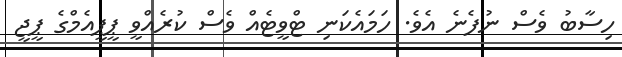
ހިސާބު ވެސް ނުފެނެ އެވެ. ހަމައެކަނި ޓްވީޓެއް ވެސް ކުރެއްވީ ޕީޕީއެމްގެ ޕީޖީ